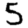
Digit: 5